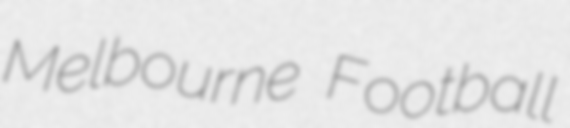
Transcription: Melbourne Football